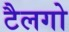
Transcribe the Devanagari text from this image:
टैलगो